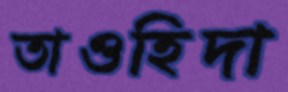
তাওহিদা